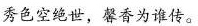
秀色空绝世，馨香为谁传。